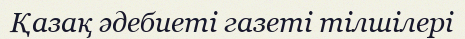
Қазақ әдебиеті газеті тілшілері